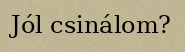
Jól csinálom?